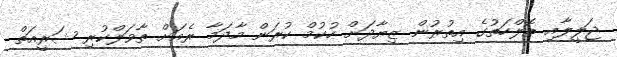
ޖަލީލާއި ތޮލްހަތުގެ އިތުރުން ޒިޔާދަށް ހުކުމް ކުރަން މާދަމާ ރެއަށް ތާވަލްކުރި ޝަރީއަތް